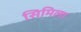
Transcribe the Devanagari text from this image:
सिमिला